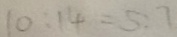
1 0 : 1 4 = 5 : 7